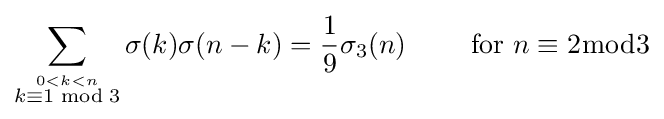
\sum _{\stackrel {0<k<n}{k\equiv 1{\bmod {3}}}}\sigma (k)\sigma (n-k)={\frac {1}{9}}\sigma _{3}(n)\qquad {\mbox{  for }}n\equiv 2{\bmod {3}}